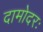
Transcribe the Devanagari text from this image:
दामोदरः